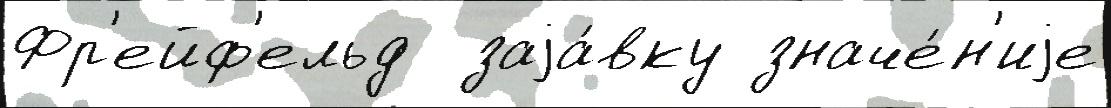
Фр'ейф'ельд  заjа́вку значе́н'иjе